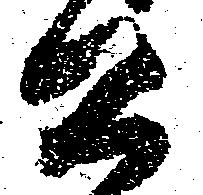
公